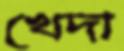
খেদা